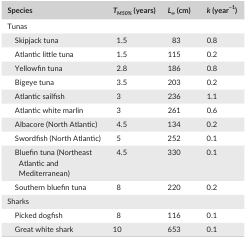
<table><thead><tr><td><b>Species</b></td><td><b><i>T</i><sub><i>M50%</i></sub> (years) </b></td><td><b><i>L</i><sub><i>∞</i></sub> (cm)</b></td><td><b><i>k</i> (year<sup>−1</sup>)</b></td></tr></thead><tbody><tr><td colspan="4">Tunas</td></tr><tr><td>Skipjack tuna</td><td>1.5</td><td>83</td><td>0.8</td></tr><tr><td>Atlantic little tuna</td><td>1.5</td><td>115</td><td>0.2</td></tr><tr><td>Yellowfin tuna</td><td>2.8</td><td>186</td><td>0.8</td></tr><tr><td>Bigeye tuna</td><td>3.5</td><td>203</td><td>0.2</td></tr><tr><td>Atlantic sailfish</td><td>3</td><td>236</td><td>1.1</td></tr><tr><td>Atlantic white marlin</td><td>3</td><td>261</td><td>0.6</td></tr><tr><td>Albacore (North Atlantic)</td><td>4.5</td><td>134</td><td>0.2</td></tr><tr><td>Swordfish (North Atlantic)</td><td>5</td><td>252</td><td>0.1</td></tr><tr><td>Bluefin tuna (Northeast Atlantic and Mediterranean)</td><td>4.5</td><td>330</td><td>0.1</td></tr><tr><td>Southern bluefin tuna</td><td>8</td><td>220</td><td>0.2</td></tr><tr><td colspan="4">Sharks</td></tr><tr><td>Picked dogfish</td><td>8</td><td>116</td><td>0.1</td></tr><tr><td>Great white shark</td><td>10</td><td>653</td><td>0.1</td></tr></tbody></table>